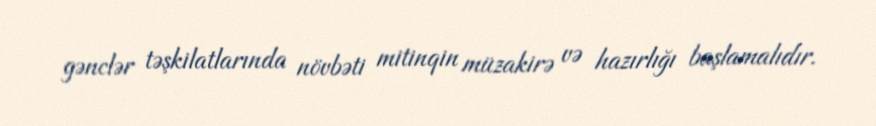
gənclər təşkilatlarında növbəti mitinqin müzakirə və hazırlığı başlamalıdır.